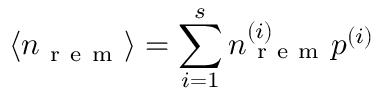
\langle n _ { \mathrm { ~ r ~ e ~ m ~ } } \rangle = \sum _ { i = 1 } ^ { s } n _ { \mathrm { ~ r ~ e ~ m ~ } } ^ { ( i ) } p ^ { ( i ) }